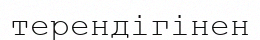
терендігінен